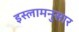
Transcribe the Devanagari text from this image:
इस्लामनुसार